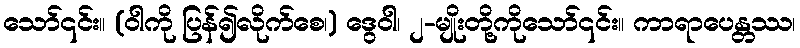
သော်၎င်း။ (ဝါကို ပြန်၍လိုက်စေ၊) ဒွေဝါ၊ ၂-မျိုးတို့ကိုသော်၎င်း။ ကာရာပေန္တဿ၊